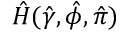
\hat { H } ( \hat { \gamma } , \hat { \phi } , \hat { \pi } )